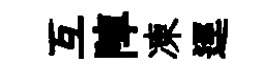
互陣凍逕